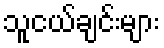
သူငယ်ချင်းများ